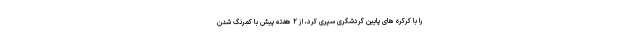
را با کرکره های پایین گردشگری سپری کرد، از ۲ هفته پیش با کمرنگ شدن